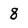
Character: 8